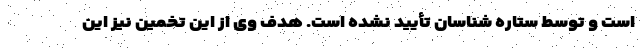
است و توسط ستاره شناسان تأیید نشده است. هدف وی از این تخمین نیز این